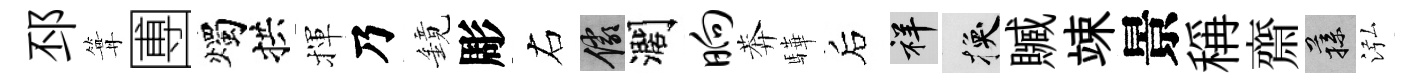
邳篝圑燭拱揮乃鏡彫右儼濶晌莾驊后祥换贓竦景稱齋蓀泓